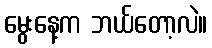
မွေးနေ့က ဘယ်တော့လဲ။